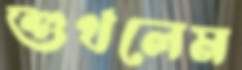
শুখলেম